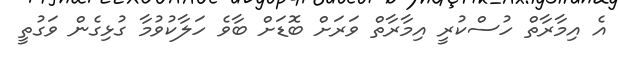
އެ އިމާރާތް ހުސްކުރީ އިމާރާތް ވަރަށް ބޮޑަށް ބާވެ ހަލާކުވުމާ ގުޅިގެން ވަގުތީ